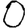
Digit: 0